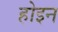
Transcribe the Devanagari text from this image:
होइन